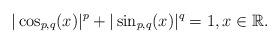
LaTeX: \begin{align*}|\cos_{p,q}(x)|^p+|\sin_{p,q}(x)|^q=1,x\in\mathbb{R}.\end{align*}